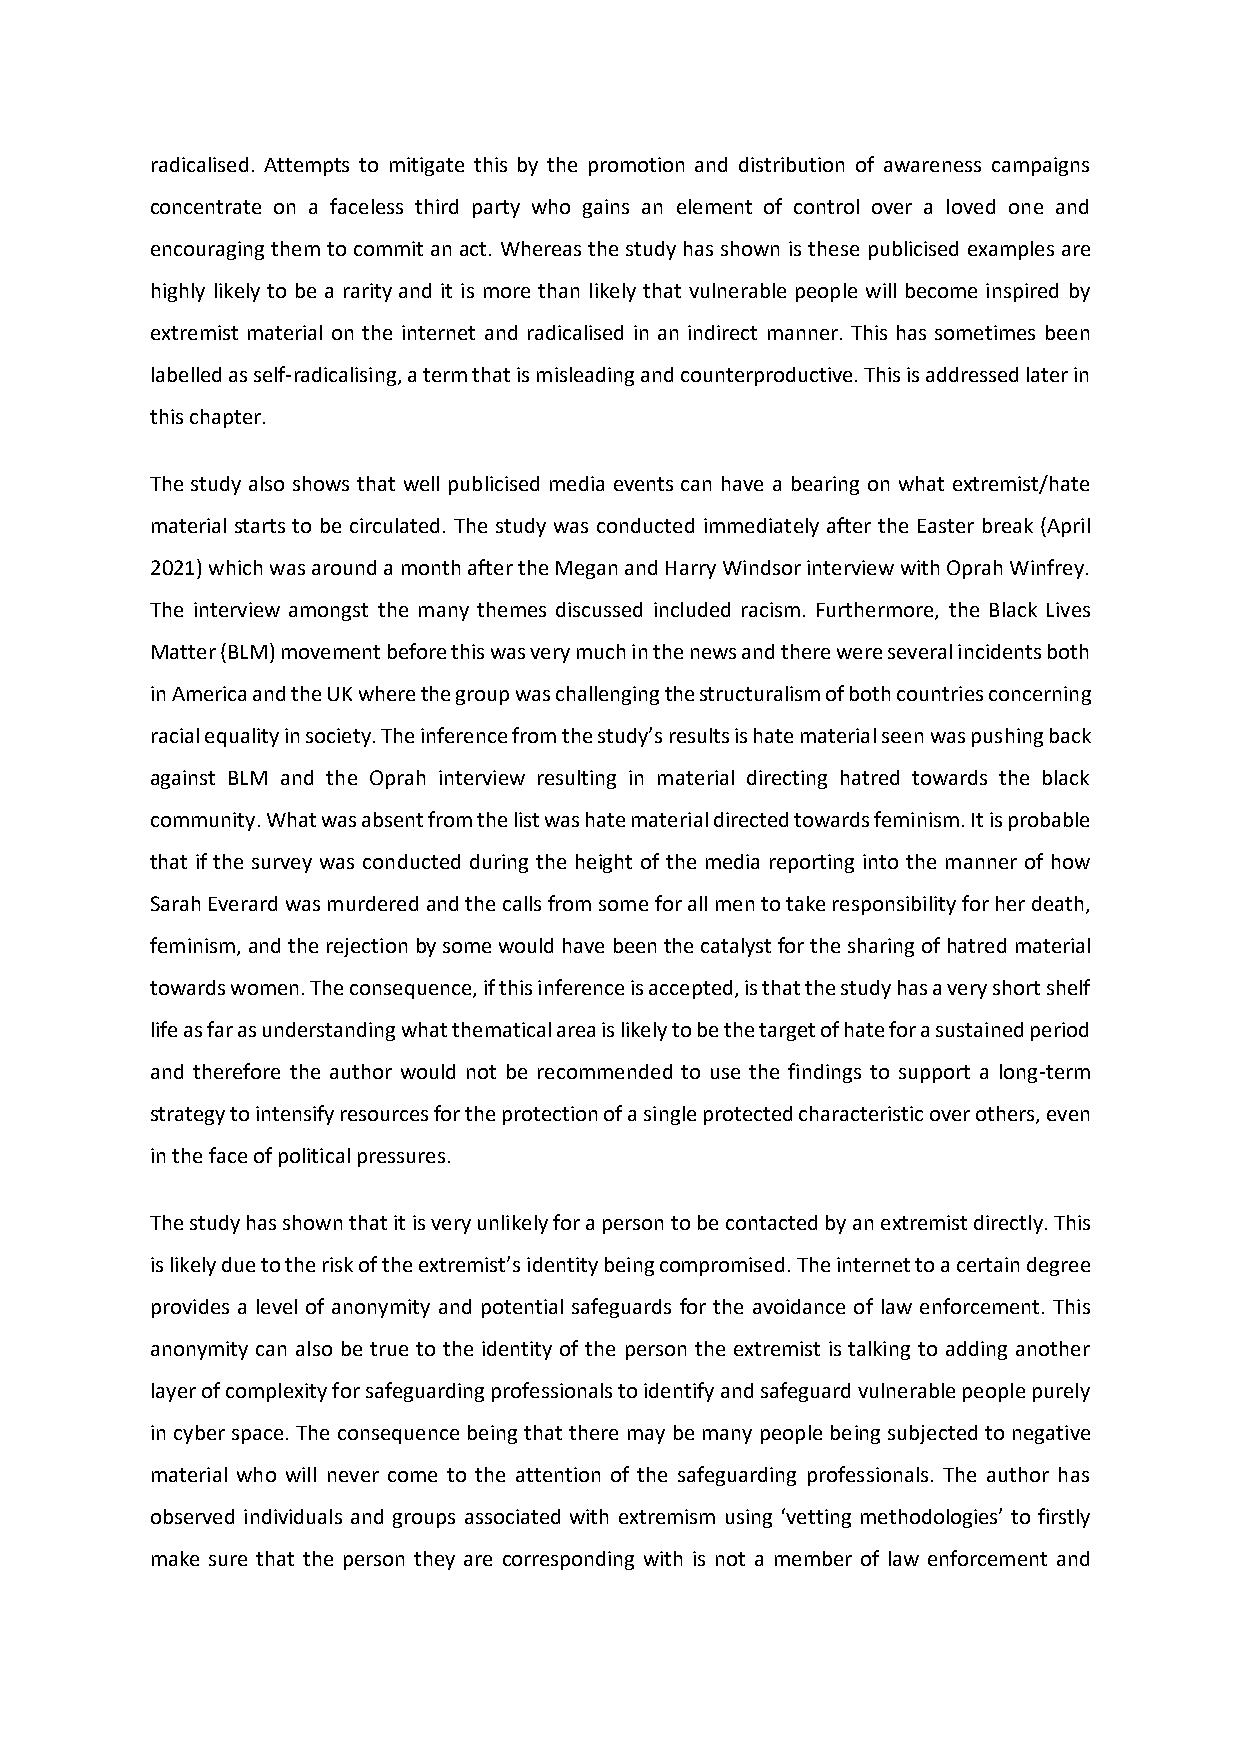
radicalised. Attempts to mitigate this by the promotion and distribution of awareness campaigns
 concentrate on a faceless third party who gains an element of control over a loved one and
 encouraging them to commit an act. Whereas the study has shown is these publicised examples are
 highly likely to be a rarity and it is more than likely that vulnerable people will become inspired by
 extremist material on the internet and radicalised in an indirect manner. This has sometimes been
 labelled as self-radicalising, a term that is misleading and counterproductive. This is addressed later in
 this chapter.
 The study also shows that well publicised media events can have a bearing on what extremist/hate
 material starts to be circulated. The study was conducted immediately after the Easter break (April
 2021) which was around a month after the Megan and Harry Windsor interview with Oprah Winfrey.
 The interview amongst the many themes discussed included racism. Furthermore, the Black Lives
 Matter (BLM) movement before this was very much in the news and there were several incidents both
 in America and the UK where the group was challenging the structuralism of both countries concerning
 racial equality in society. The inference from the study’s results is hate material seen was pushing back
 against BLM and the Oprah interview resulting in material directing hatred towards the black
 community. What was absent from the list was hate material directed towards feminism. It is probable
 that if the survey was conducted during the height of the media reporting into the manner of how
 Sarah Everard was murdered and the calls from some for all men to take responsibility for her death,
 feminism, and the rejection by some would have been the catalyst for the sharing of hatred material
 towards women. The consequence, if this inference is accepted, is that the study has a very short shelf
 life as far as understanding what thematical area is likely to be the target of hate for a sustained period
 and therefore the author would not be recommended to use the findings to support a long-term
 strategy to intensify resources for the protection of a single protected characteristic over others, even
 in the face of political pressures.
 The study has shown that it is very unlikely for a person to be contacted by an extremist directly. This
 is likely due to the risk of the extremist’s identity being compromised. The internet to a certain degree
 provides a level of anonymity and potential safeguards for the avoidance of law enforcement. This
 anonymity can also be true to the identity of the person the extremist is talking to adding another
 layer of complexity for safeguarding professionals to identify and safeguard vulnerable people purely
 in cyber space. The consequence being that there may be many people being subjected to negative
 material who will never come to the attention of the safeguarding professionals. The author has
 observed individuals and groups associated with extremism using ‘vetting methodologies’ to firstly
 make sure that the person they are corresponding with is not a member of law enforcement and